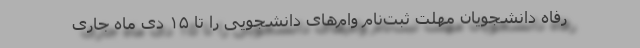
رفاه دانشجویان مهلت ثبت‌نام وام‌های دانشجویی را تا ۱۵ دی ماه جاری